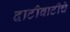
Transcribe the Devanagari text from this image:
दाटीवाटीचे